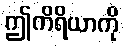
ဤကိရိယာကို